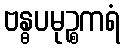
ဗန္ဓပမုဉ္စကရံ